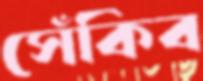
সেঁকিব